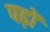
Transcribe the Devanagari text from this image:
पढ़ों